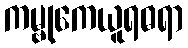
ကမ္ဗုကေယူရဓရာ